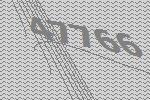
47766